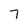
Character: 7